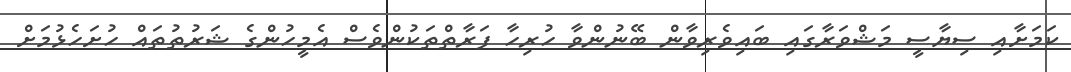
ކަމަށާއި ސިޔާސީ މަޝްވަރާގައި ބައިވެރިވާން ބޭނުންވާ ހުރިހާ ފަރާތްތަކުންވެސް އެމީހުންގެ ޝަރުތުތައް ހުށަހެޅުމަށް